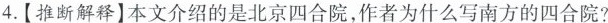
4.【推断解释】本文介绍的是北京四合院，作者为什么写南方的四合院?